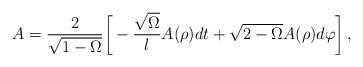
LaTeX: \begin{align*}A=\frac{2}{\sqrt{1-\Omega}}{\biggl [}-\frac{\sqrt{\Omega}}{l}A(\rho)dt+\sqrt{2-\Omega} A(\rho) d \varphi{\biggr ]} \,,\end{align*}